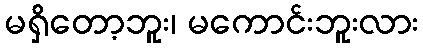
မရှိတော့ဘူး၊ မကောင်းဘူးလား